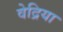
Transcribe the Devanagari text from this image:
वेद्रिया